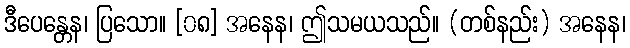
ဒီပေန္တေန၊ ပြသော။ [၀၈] အနေန၊ ဤသမယသည်။ (တစ်နည်း) အနေန၊